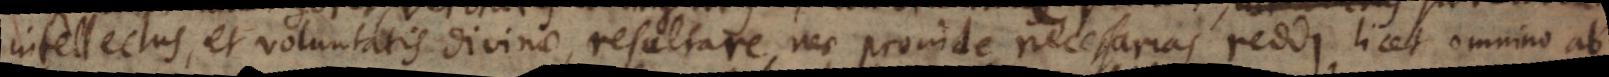
intellectus, et voluntatis divinae, resultare, nec proinde necessarias reddi, licet omnino ab